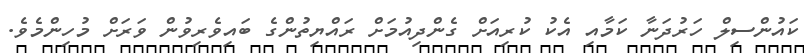
ކައުންސިލް ހަރުދަނާ ކަމާއި އެކު ކުރިއަށް ގެންދިއުމަށް ރައްޔިތުންގެ ބައިވެރިވުން ވަރަށް މުހިންމެވެ.